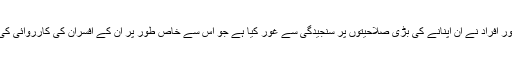
قانون نافذ کرنے والے ادارے میں پیشہ ور افراد نے ان اپنانے کی بڑی صلاحیتوں پر سنجیدگی سے غور کیا ہے جو اس سے خاص طور پر ان کے افسران کی کارروائی کی نگرانی کرنے کی اہلیت پیدا کرتی ہے۔